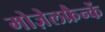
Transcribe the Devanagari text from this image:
मोज़ेलफ्रैन्कें